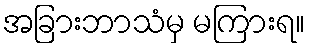
အခြားဘာသံမှ မကြားရ။